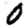
Digit: 0